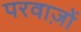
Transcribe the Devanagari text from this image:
परवाज़ों